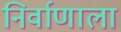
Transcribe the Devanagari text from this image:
निर्वाणाला